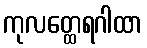
ကုလတ္ထေရဂါထာ